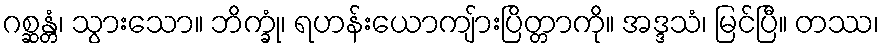
ဂစ္ဆန္တံ၊ သွားသော။ ဘိက္ခုံ၊ ရဟန်းယောကျ်ားပြိတ္တာကို။ အဒ္ဒသံ၊ မြင်ပြီ။ တဿ၊